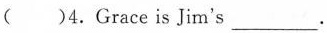
( )4.Grace is Jim's___.